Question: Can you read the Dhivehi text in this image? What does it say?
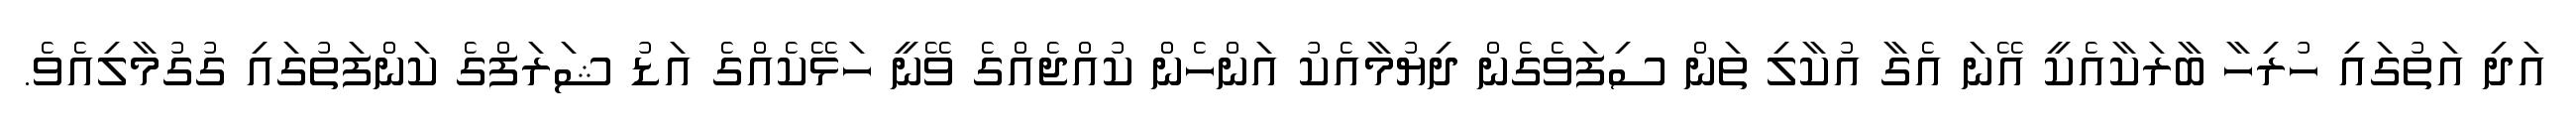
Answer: އަދި އަތުގައި ހުރިހާ ބާރަކާއެކީ އޭނަ އެގާ އުކާލި ތަން ސިފަވެގެން ދިޔުމާއެކު އަންހެން ކުއްޖެއްގެ ވޭނީ ހަޅޭކެއްގެ އަޑު ޝަރަފްގެ ކަންފަތުގައި ގުގުމާލިއެވެ.